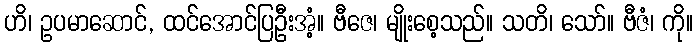
ဟိ၊ ဥပမာဆောင်, ထင်အောင်ပြဦးအံ့။ ဗီဇေ၊ မျိုးစေ့သည်။ သတိ၊ သော်။ ဗီဇံ၊ ကို။